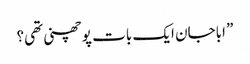
” اباجان ایک بات پوچھنی تھی؟